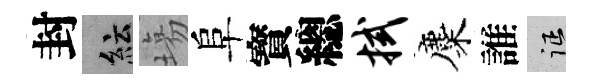
封紜塲阜寳總拭麋誰征